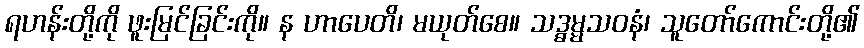
ရဟန်းတို့ကို ဖူးမြင်ခြင်းကို။ န ဟာပေတိ၊ မယုတ်စေ။ သဒ္ဓမ္မသဝနံ၊ သူတော်ကောင်းတို့၏